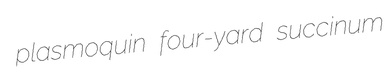
plasmoquin four-yard succinum